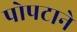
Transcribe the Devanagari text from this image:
पोपटाने